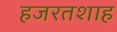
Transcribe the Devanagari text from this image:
हजरतशाह